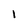
Character: 1